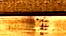
لحظتك